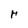
Character: H